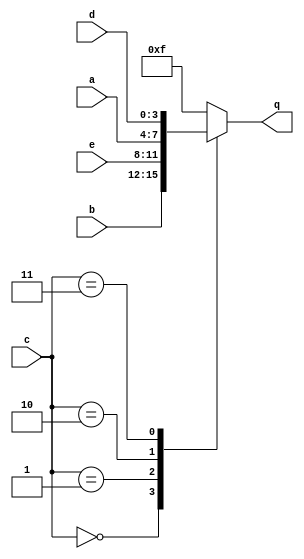
module top_module (
    input [3:0] a,
    input [3:0] b,
    input [3:0] c,
    input [3:0] d,
    input [3:0] e,
    output [3:0] q );

always @(*) begin
case(c)
	0: q <= b;
	1: q <= e;
	2: q <= a;
	3: q <= d;
	default: q <= 4'hf;
endcase
end

endmodule